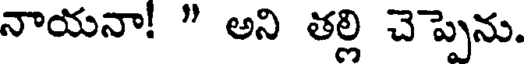
నాయనా! " అని తల్లి చెప్పెను.